Code of medical and sanitary regulations for the guidance of medical officers serving in the Madras Presidency - Volume I
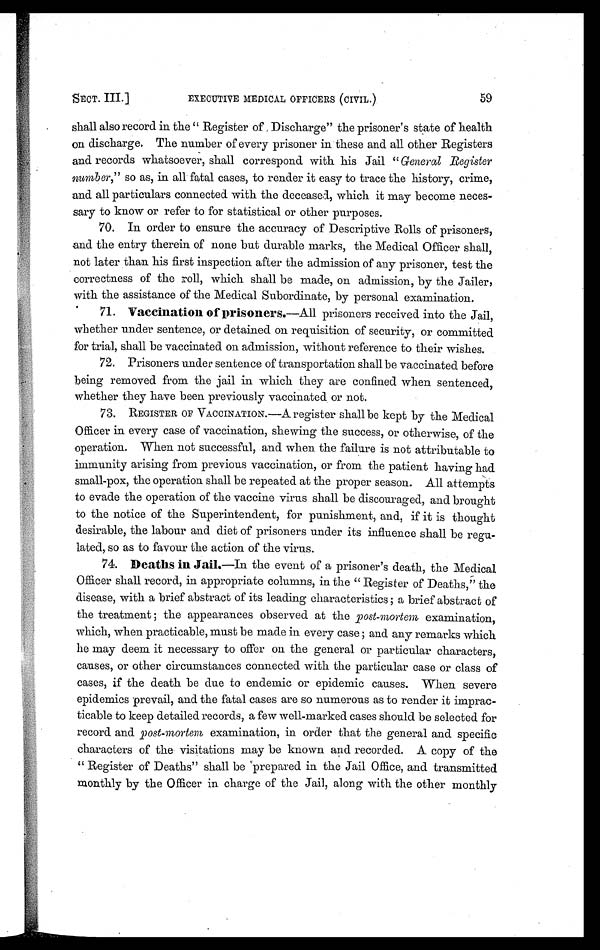
SECT. III.]
EXECUTIVE MEDICAL OFFICERS (CIVIL.)
5 9
shall also record in the " Register of Discharge" the prisoner's state of health
on discharge. The number of every prisoner in these and all other Registers
and records whatsoever, shall correspond with his Jail "General Register
number," so as, in all fatal cases, to render it easy to trace the history, crime,
and all particulars connected with the deceased, which it may become neces-
sary to know or refer to for statistical or other purposes.
70. In order to ensure the accuracy of Descriptive Rolls of prisoners,
and the entry therein of none but durable marks, the Medical Officer shall,
not later than his first inspection after the admission of any prisoner, test the
correctness of the roll, which shall be made, on admission, by the Jailer,
with the assistance of the Medical Subordinate, by personal examination.
71. Vaccination of prisoners.—All prisoners received into the Jail,
whether under sentence, or detained on requisition of security, or committed
for trial, shall be vaccinated on admission, without reference to their wishes.
72. Prisoners under sentence of transportation shall be vaccinated before
being removed from the jail in which they are confined when sentenced,
whether they have been previously vaccinated or not.
73. REGISTER OF VACCINATION.—A register shall be kept by the Medical
Officer in every case of vaccination, shelving the success, or otherwise, of the
operation. When not successful, and when the failure is not attributable to
immunity arising from previous vaccination, or from the patient having had
small-pox, the operation shall be repeated at the proper season. All attempts
to evade the operation of the vaccine virus shall be discouraged, and brought
to the notice of the Superintendent, for punishment, and, if it is thought
desirable, the labour and diet of prisoners under its influence shall be regu-
lated, so as to favour the action of the virus.
74. Deaths in Jail.—In the event of a prisoner's death, the Medical
Officer shall record, in appropriate columns, in the " Register of Deaths," the
disease, with a brief abstract of its leading characteristics ; a brief abstract of
the treatment ; the appearances observed at the post-mortem examination,
which, when practicable, must be made in every case ; and any remarks which
he may deem it necessary to offer on the general or particular characters,
causes, or other circumstances connected with the particular case or class of
cases, if the death be due to endemic or epidemic causes. When severe
epidemics prevail, and the fatal cases are so numerous as to render it imprac
ticable to keep detailed records, a few well-marked cases should be selected for
record and post-mortem examination, in order that the general and specific
characters of the visitations may be known and recorded. A copy of the
" Register of Deaths" shall be prepared in the Jail Office, and transmitted
monthly by the Officer in charge of the Jail, along with the other monthly